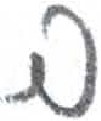
אות: ב